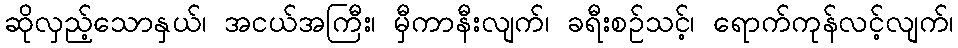
ဆိုလှည့်သောနှယ်၊ အငယ်အကြီး၊ မှီကာနီးလျက်၊ ခရီးစဉ်သင့်၊ ရောက်ကုန်လင့်လျက်၊